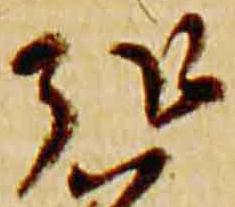
弘